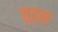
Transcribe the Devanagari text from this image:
जुड्स